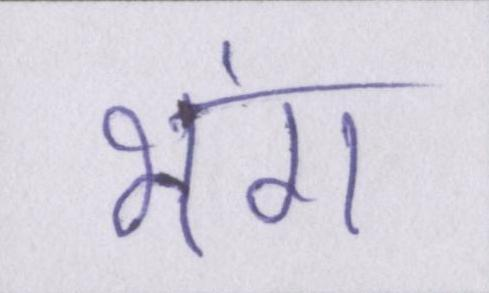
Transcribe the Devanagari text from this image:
भंग